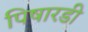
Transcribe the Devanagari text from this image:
पिषारडी